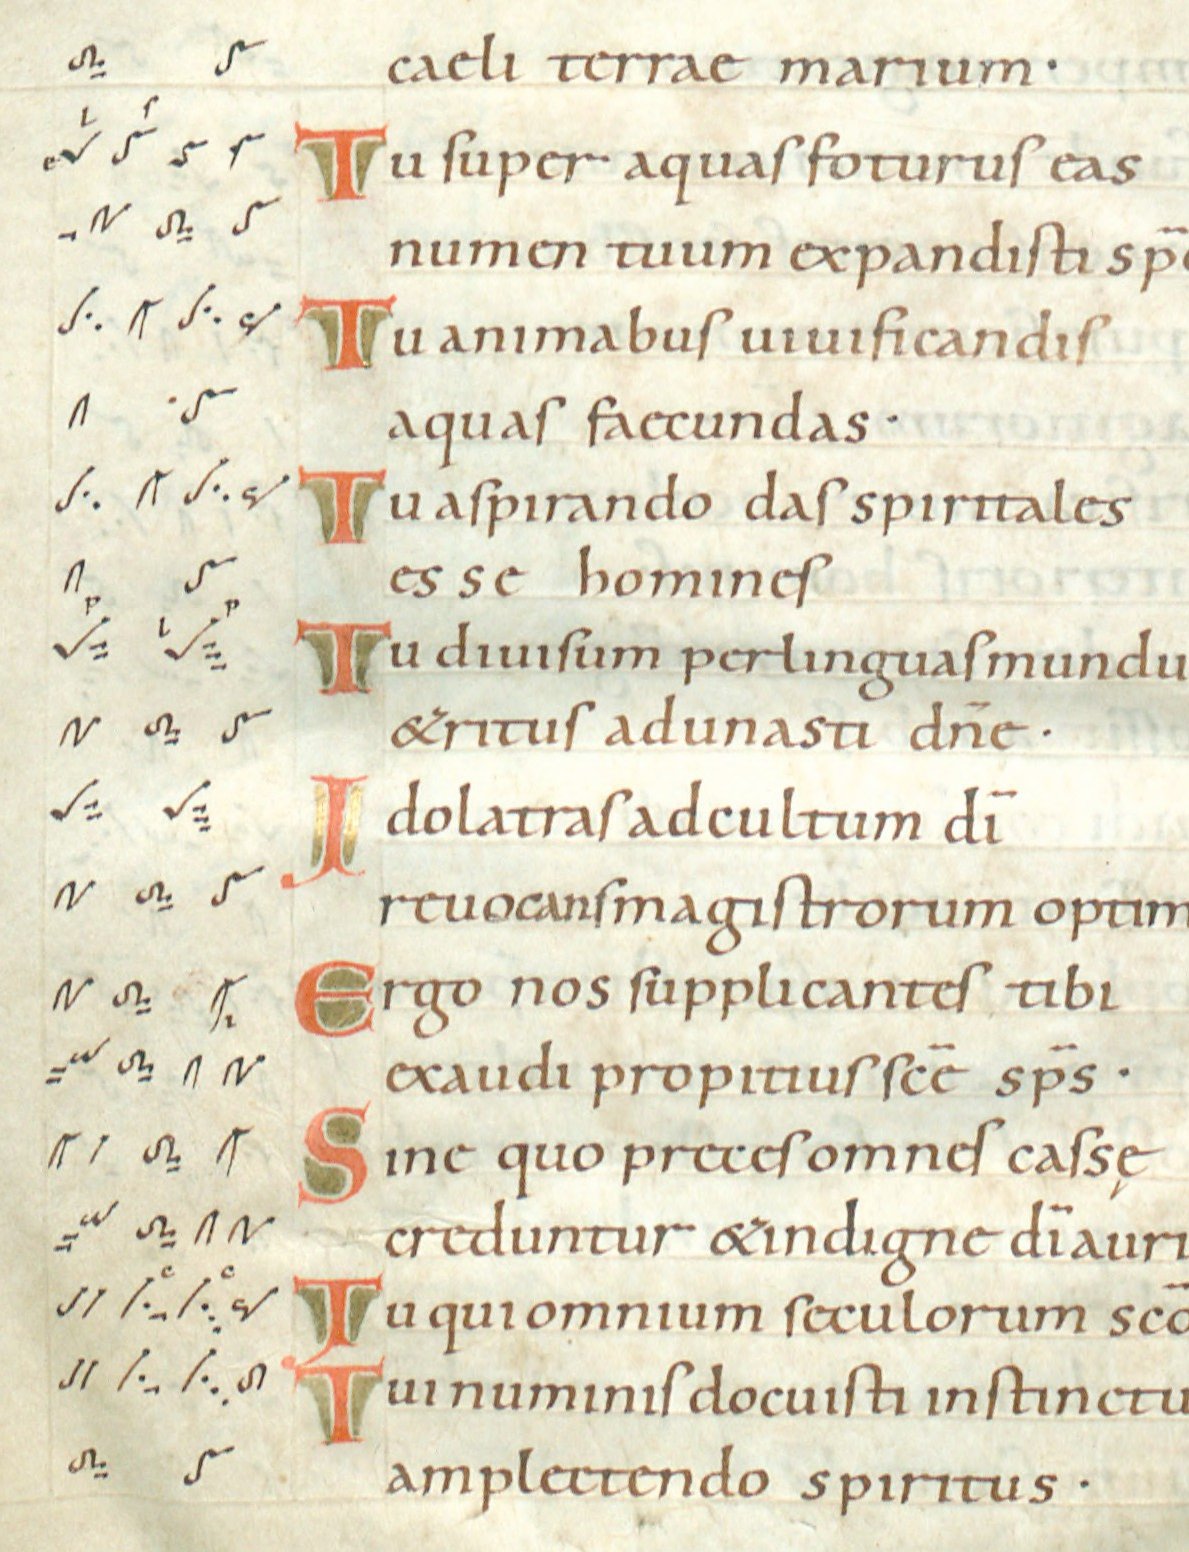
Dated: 1024–1027